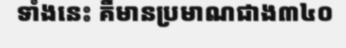
ទាំងនេះ គឺមានប្រមាណជាង៣៤០